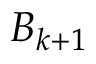
B _ { k + 1 }